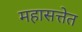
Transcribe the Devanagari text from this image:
महासत्तेत